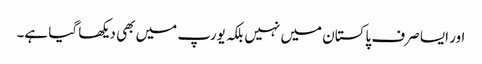
اور ایسا صرف پاکستان میں نہیں بلکہ یورپ میں بھی دیکھا گیا ہے۔